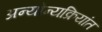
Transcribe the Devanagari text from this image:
अन्योन्यक्रियांत